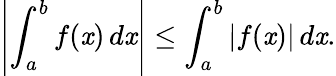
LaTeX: \left|\int_{a}^{b}f(\mathit{x})\, d\mathit{x}\right|\leq\int_{a}^{b}|f(\mathit{x})|\, d\mathit{x}.